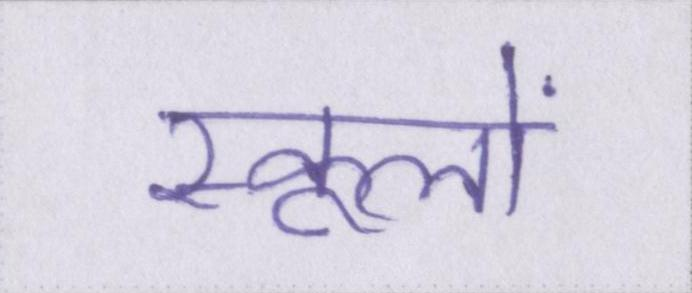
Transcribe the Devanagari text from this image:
स्कूलों